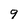
Character: 9